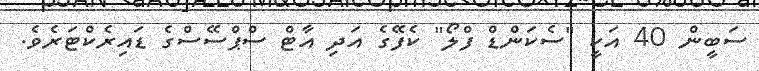
ސަބީން 40 އަކީ "ސެކަންޑް ފްލޯ" ކެފޭގެ އަދި އާޓް ސްޕްސޭސްގެ ޑައިރެކްޓަރެވެ.